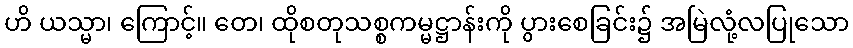
ဟိ ယသ္မာ၊ ကြောင့်။ တေ၊ ထိုစတုသစ္စကမ္မဋ္ဌာန်းကို ပွားစေခြင်း၌ အမြဲလုံ့လပြုသော